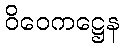
ဝိဝေကဋ္ဌေန